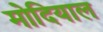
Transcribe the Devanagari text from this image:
मोदियाल